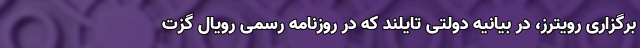
برگزاری رویترز، در بیانیه دولتی تایلند که در روزنامه رسمی رویال گزت